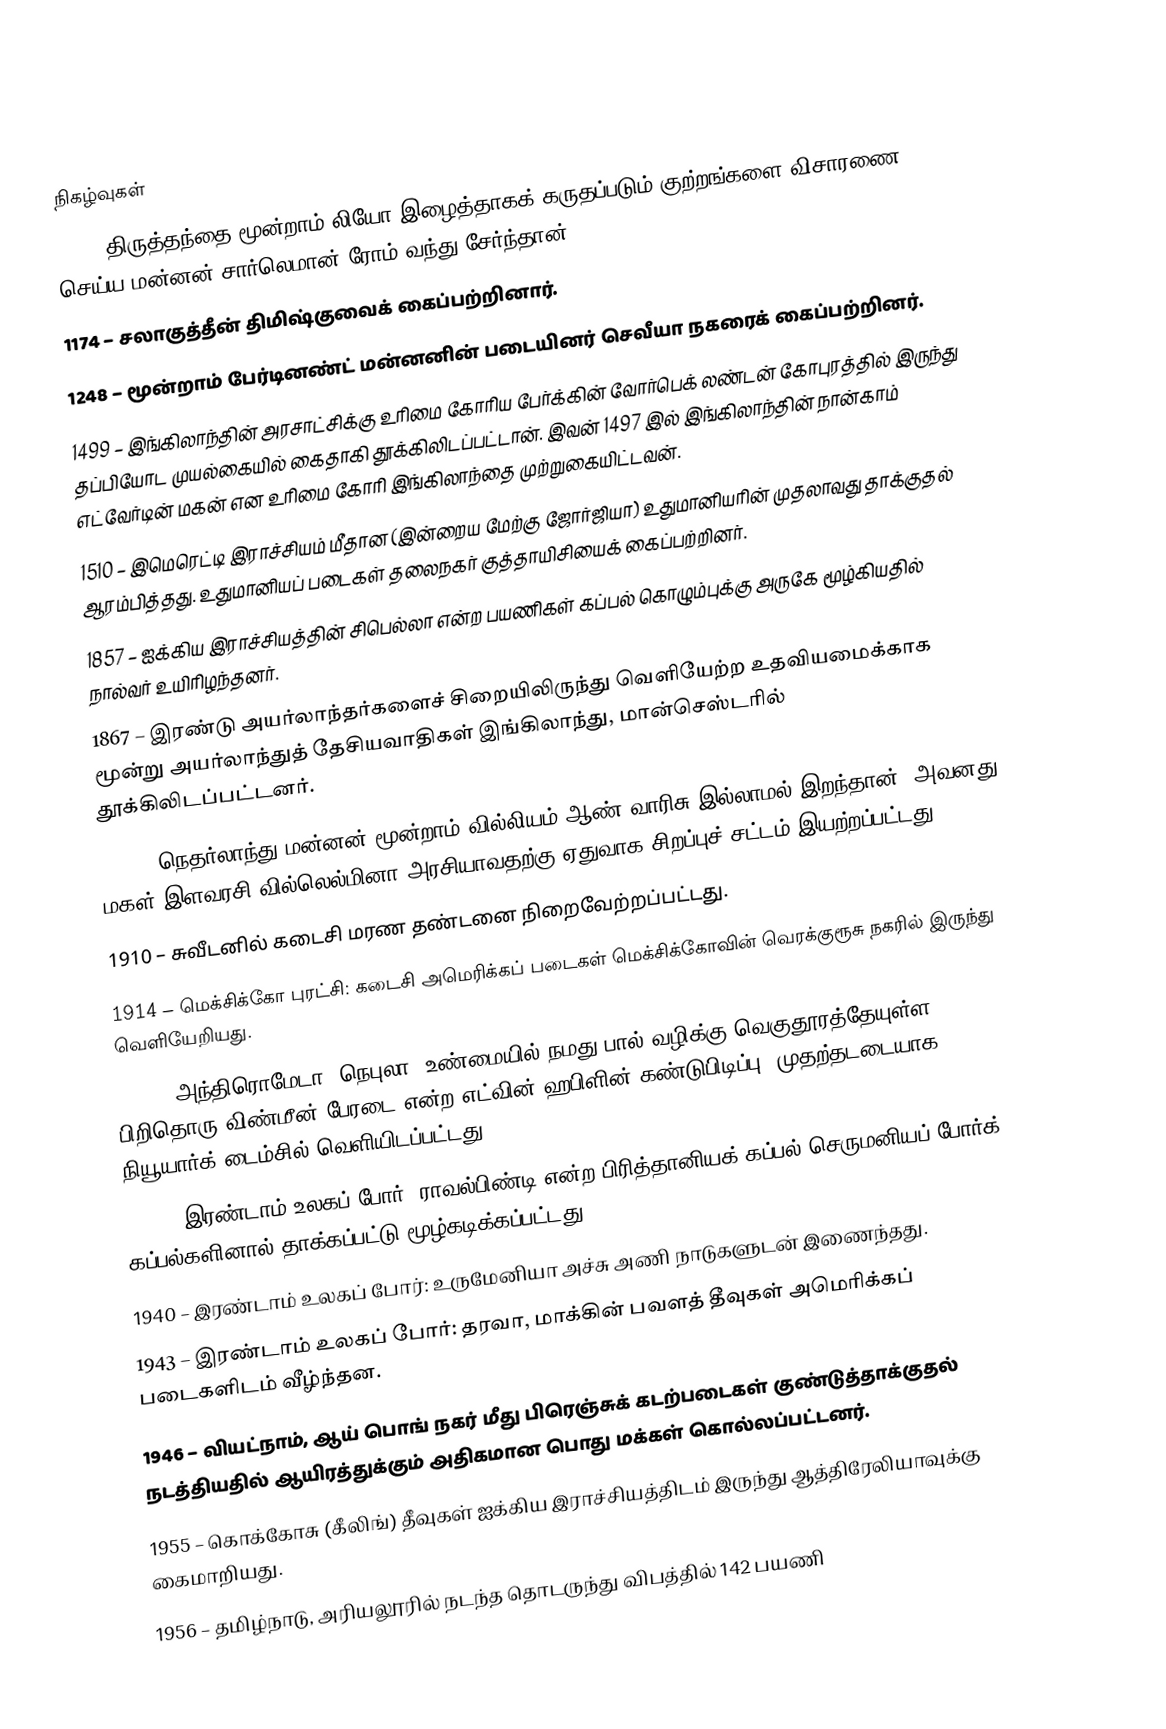

நிகழ்வுகள்
 800 – திருத்தந்தை மூன்றாம் லியோ இழைத்தாகக் கருதப்படும் குற்றங்களை விசாரணை செய்ய மன்னன் சார்லெமான் ரோம் வந்து சேர்ந்தான்.
1174 – சலாகுத்தீன் திமிஷ்குவைக் கைப்பற்றினார்.
1248 – மூன்றாம் பேர்டினண்ட் மன்னனின் படையினர் செவீயா நகரைக் கைப்பற்றினர்.
1499 – இங்கிலாந்தின் அரசாட்சிக்கு உரிமை கோரிய பேர்க்கின் வோர்பெக் லண்டன் கோபுரத்தில் இருந்து தப்பியோட முயல்கையில் கைதாகி தூக்கிலிடப்பட்டான். இவன் 1497 இல் இங்கிலாந்தின் நான்காம் எட்வேர்டின் மகன் என உரிமை கோரி இங்கிலாந்தை முற்றுகையிட்டவன்.
1510 – இமெரெட்டி இராச்சியம் மீதான (இன்றைய மேற்கு ஜோர்ஜியா) உதுமானியரின் முதலாவது தாக்குதல் ஆரம்பித்தது. உதுமானியப் படைகள் தலைநகர் குத்தாயிசியைக் கைப்பற்றினர்.
1857 – ஐக்கிய இராச்சியத்தின் சிபெல்லா என்ற பயணிகள் கப்பல் கொழும்புக்கு அருகே மூழ்கியதில் நால்வர் உயிரிழந்தனர்.
1867 – இரண்டு அயர்லாந்தர்களைச் சிறையிலிருந்து வெளியேற்ற உதவியமைக்காக மூன்று அயர்லாந்துத் தேசியவாதிகள் இங்கிலாந்து, மான்செஸ்டரில் தூக்கிலிடப்பட்டனர்.
1890 – நெதர்லாந்து மன்னன் மூன்றாம் வில்லியம் ஆண் வாரிசு இல்லாமல் இறந்தான். அவனது மகள் இளவரசி வில்லெல்மினா அரசியாவதற்கு ஏதுவாக சிறப்புச் சட்டம் இயற்றப்பட்டது.
1910 – சுவீடனில் கடைசி மரண தண்டனை நிறைவேற்றப்பட்டது.
1914 – மெக்சிக்கோ புரட்சி: கடைசி அமெரிக்கப் படைகள் மெக்சிக்கோவின் வெரக்குரூசு நகரில் இருந்து வெளியேறியது.
1924 – அந்திரொமேடா "நெபுலா" உண்மையில் நமது பால் வழிக்கு வெகுதூரத்தேயுள்ள பிறிதொரு விண்மீன் பேரடை என்ற எட்வின் ஹபிளின் கண்டுபிடிப்பு, முதற்தடடையாக நியூயார்க் டைம்சில் வெளியிடப்பட்டது.
1939 – இரண்டாம் உலகப் போர்: ராவல்பிண்டி என்ற பிரித்தானியக் கப்பல் செருமனியப் போர்க் கப்பல்களினால் தாக்கப்பட்டு மூழ்கடிக்கப்பட்டது.
1940 – இரண்டாம் உலகப் போர்: உருமேனியா அச்சு அணி நாடுகளுடன் இணைந்தது.
1943 – இரண்டாம் உலகப் போர்: தரவா, மாக்கின் பவளத் தீவுகள் அமெரிக்கப் படைகளிடம் வீழ்ந்தன.
1946 – வியட்நாம், ஆய் பொங் நகர் மீது பிரெஞ்சுக் கடற்படைகள் குண்டுத்தாக்குதல் நடத்தியதில் ஆயிரத்துக்கும் அதிகமான பொது மக்கள் கொல்லப்பட்டனர்.
1955 – கொக்கோசு (கீலிங்) தீவுகள் ஐக்கிய இராச்சியத்திடம் இருந்து ஆத்திரேலியாவுக்கு கைமாறியது.
1956 – தமிழ்நாடு, அரியலூரில் நடந்த தொடருந்து விபத்தில் 142 பயணி